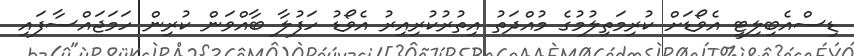
ޑިސްއެބިލިޓީ އެވޯޑަށް ކުރިމަތިލުމުގެ މުއްދަތު އިތުރުކުރިއިރު އެވޯޑު ހަފުލާ ބާއްވަން ކުރިން ހަމަޖައްސާފައި